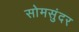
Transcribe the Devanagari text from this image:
सोमसुंदर